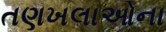
તણખલાઓના